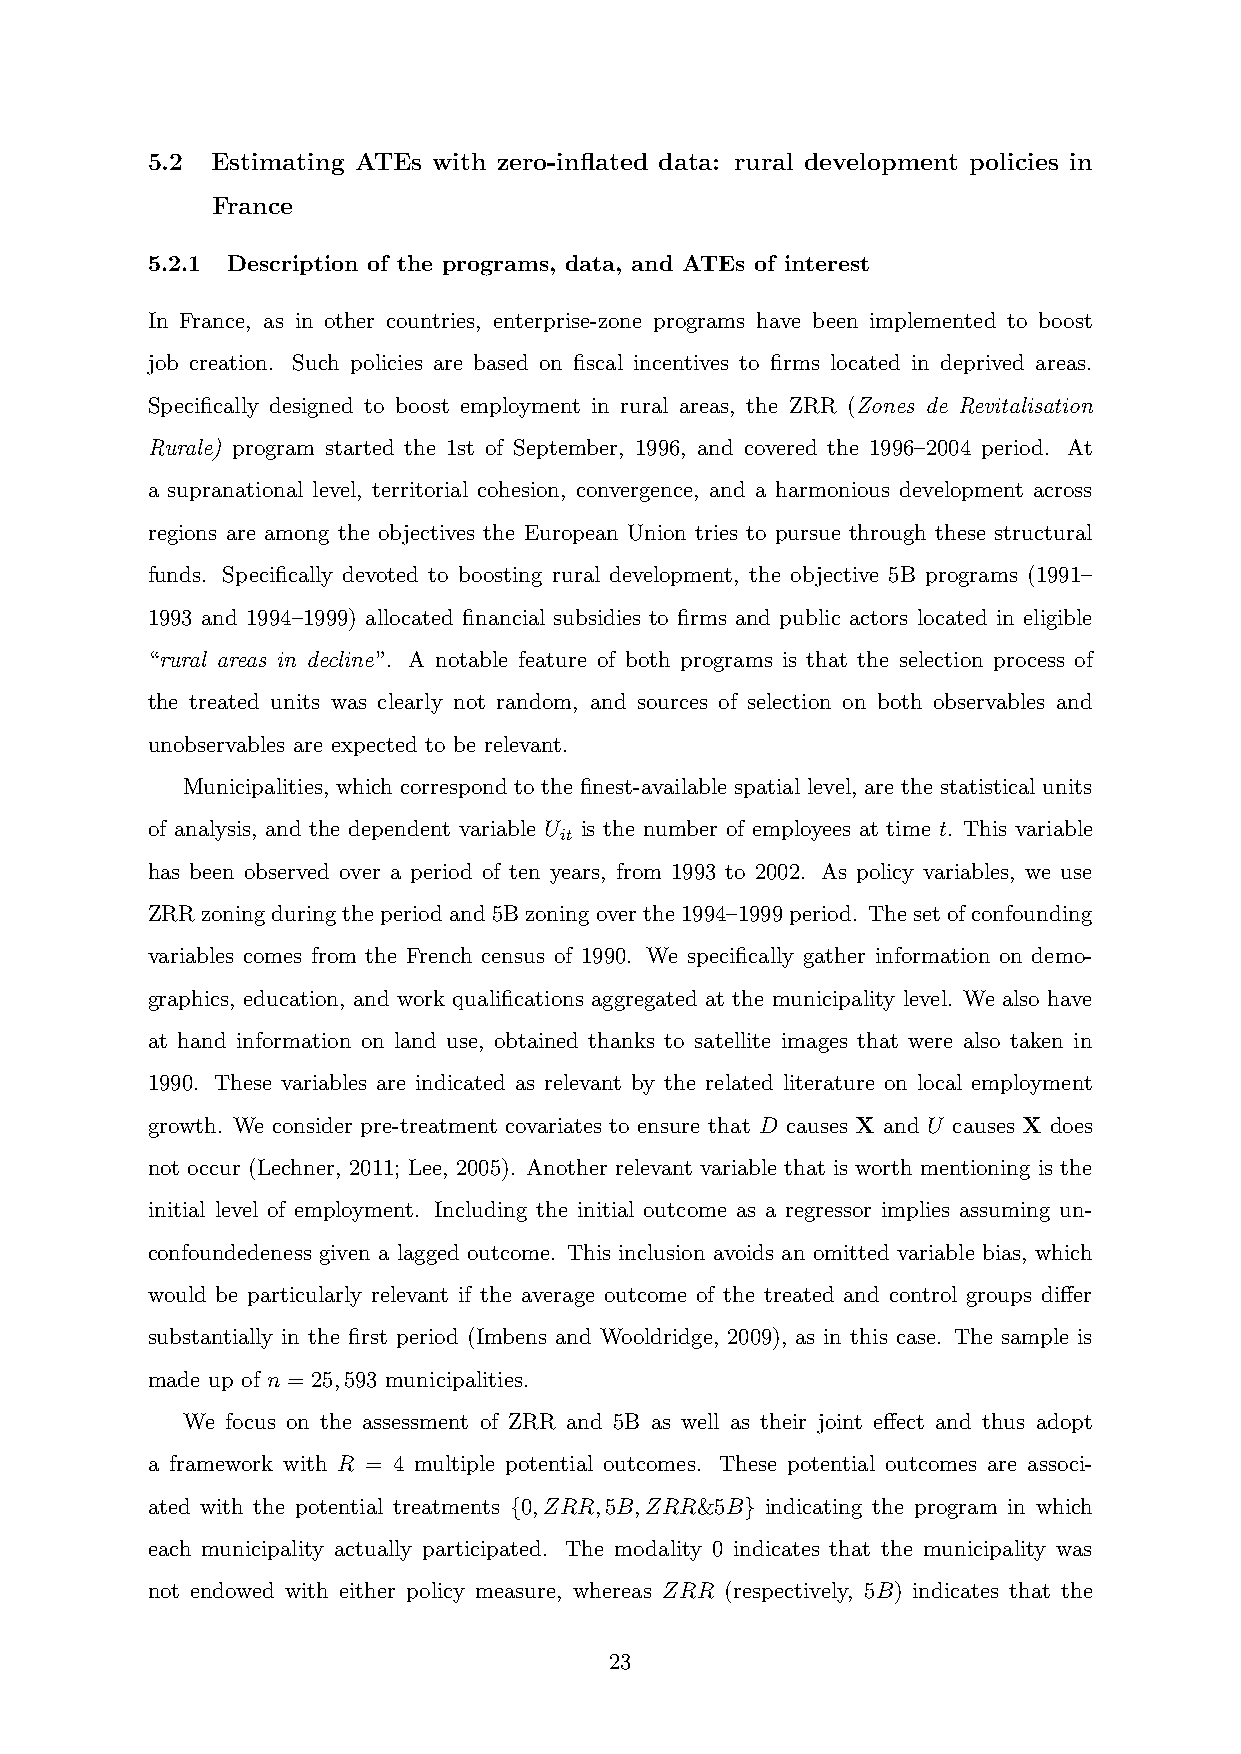
5.2 Estimating ATEs with zero-inflated data: rural development policies in
 France
 5.2.1 Description of the programs, data, and ATEs of interest
 In France, as in other countries, enterprise-zone programs have been implemented to boost
 job creation. Such policies are based on fiscal incentives to firms located in deprived areas.
 Specifically designed to boost employment in rural areas, the ZRR (Zones de Revitalisation
 Rurale) program started the 1st of September, 1996, and covered the 1996–2004 period. At
 a supranational level, territorial cohesion, convergence, and a harmonious development across
 regions are among the objectives the European Union tries to pursue through these structural
 funds. Specifically devoted to boosting rural development, the objective 5B programs (1991–
 1993 and 1994–1999) allocated financial subsidies to firms and public actors located in eligible
 “rural areas in decline”. A notable feature of both programs is that the selection process of
 the treated units was clearly not random, and sources of selection on both observables and
 unobservables are expected to be relevant.
 Municipalities, which correspond to the finest-available spatial level, are the statistical units
 of analysis, and the dependent variable U is the number of employees at time t. This variable
 it
 has been observed over a period of ten years, from 1993 to 2002. As policy variables, we use
 ZRRzoningduringtheperiodand5Bzoningoverthe1994–1999period. Thesetofconfounding
 variables comes from the French census of 1990. We specifically gather information on demo-
 graphics, education, and work qualifications aggregated at the municipality level. We also have
 at hand information on land use, obtained thanks to satellite images that were also taken in
 1990. These variables are indicated as relevant by the related literature on local employment
 growth. We consider pre-treatment covariates to ensure that D causes X and U causes X does
 not occur (Lechner, 2011; Lee, 2005). Another relevant variable that is worth mentioning is the
 initial level of employment. Including the initial outcome as a regressor implies assuming un-
 confoundedeness given a lagged outcome. This inclusion avoids an omitted variable bias, which
 would be particularly relevant if the average outcome of the treated and control groups differ
 substantially in the first period (Imbens and Wooldridge, 2009), as in this case. The sample is
 made up of n = 25,593 municipalities.
 We focus on the assessment of ZRR and 5B as well as their joint effect and thus adopt
 a framework with R = 4 multiple potential outcomes. These potential outcomes are associ-
 ated with the potential treatments {0,ZRR,5B,ZRR&5B} indicating the program in which
 each municipality actually participated. The modality 0 indicates that the municipality was
 not endowed with either policy measure, whereas ZRR (respectively, 5B) indicates that the
 23